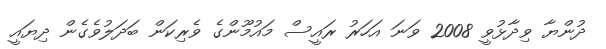
ދުންޔާ ވިދާޅުވީ 2008 ވަނަ އަހަރު ރައީސް މައުމޫންގެ ވެރިކަން ބަދަލުވެގެން ދިޔައީ